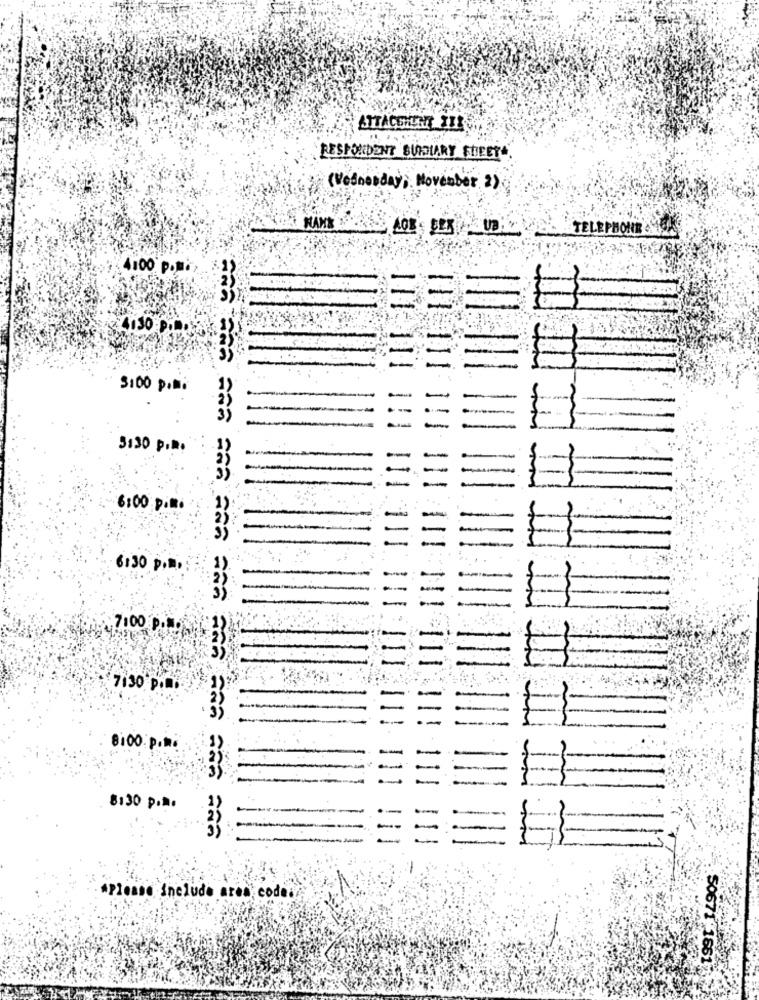
RESPONDENT SUIDIARY SHEET
(Wednesday, November 2)
TELEPHONE
4100 P.M.
F
3:00 p.m.
3130 p.R.
6:00 p.m.
6:30 P.D.
7100 PoNa
7130 P.m.
8:00 p.m.
E
8:30 p.a.
--
"Please Include area code
50671 1861;